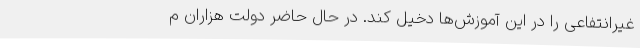
غیرانتفاعی را در این آموزش‌ها دخیل کند. در حال حاضر دولت هزاران م